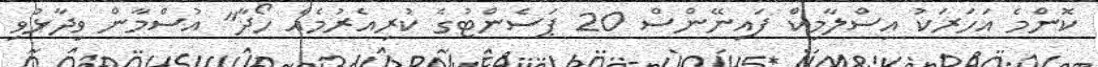
ކޮންމެ އަހަރަކު އިސްލާމިކް ފައިނޭންސް 20 ޕަސެންޓުގެ ކުރިއެރުމެއް ހޯދާ" އުސްމާން ވިދާޅުވި